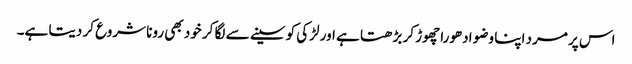
اس پر مرد اپنا وضو ادھورا چھوڑ کر بڑھتا ہے اور لڑکی کو سینے سے لگا کر خود بھی رونا شروع کر دیتا ہے۔